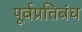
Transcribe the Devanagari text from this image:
पूर्वप्रतिबंध